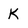
Character: k